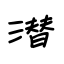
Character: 潜